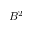
B ^ { 2 }